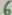
Text: 6